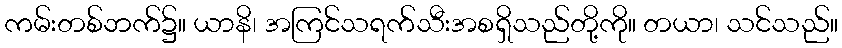
ကမ်းတစ်ဘက်၌။ ယာနိ၊ အကြင်သရက်သီးအစရှိသည်တို့ကို။ တယာ၊ သင်သည်။